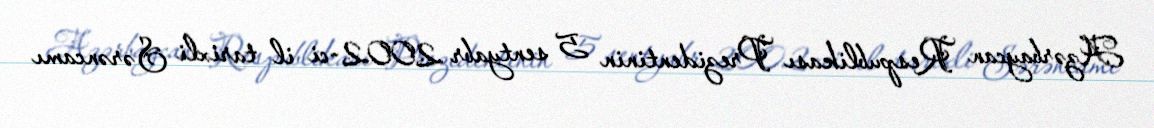
Azərbaycan Respublikası Prezidentinin 5 sentyabr 2002-ci il tarixli Sərəncamı